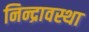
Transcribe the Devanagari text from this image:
निन्द्रावस्था